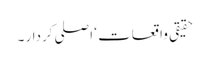
حقیقی واقعات ‘ اصلی کردار ۔